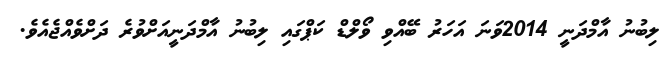
ލިބުނު އާމްދަނީ 2014ވަނަ އަހަރު ބޭއްވި ވޯލްޑް ކަޕްގައި ލިބުނު އާމްދަނީއަށްވުރެ ދަށްވެއްޖެއެވެ.